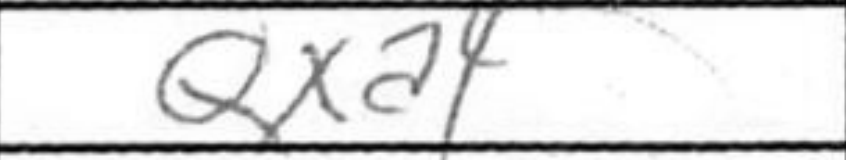
Transcription: Qxa4